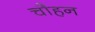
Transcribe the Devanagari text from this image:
चौहन